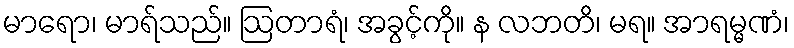
မာရော၊ မာရ်သည်။ ဩတာရံ၊ အခွင့်ကို။ န လဘတိ၊ မရ။ အာရမ္မဏံ၊